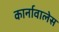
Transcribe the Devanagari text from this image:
कार्नावालेस